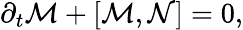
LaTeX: \begin{array}{r}{\partial_{t}\mathcal{M}+\left[\mathcal{M},\mathcal{N}\right]=0,}\end{array}